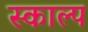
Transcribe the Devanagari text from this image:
स्काल्प